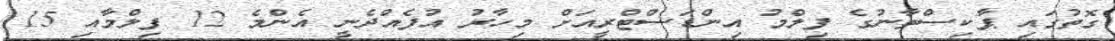
ގޮތުގައި ޕާކިސްތާނުގެ ފިލްމު އިންޑަސްޓްރީއަށް މިހާރު އުފެއްދެނީ އެންމެ 12 ފިލްމާއި 15